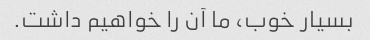
بسیار خوب، ما آن را خواهیم داشت.